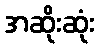
အဆိုးဆုံး